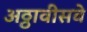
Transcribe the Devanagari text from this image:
अठ्ठावीसवे